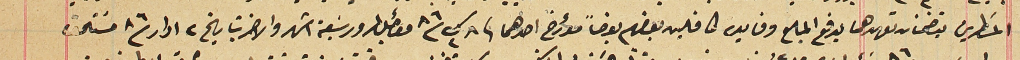
المسَطرين يتضمنان تعهدهما بدفع المبلغ وفايدته كافلين بعضهم بعضاً مؤرخ احدهما فى ٨ ك٢ / ٨٦ مؤجل لمرور سَبعة اشهر والاخر بتاريخ ٢ ادار /٨٦ مسَتحق